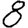
Digit: 8